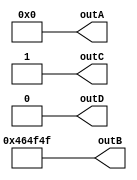
module Example(outA, outB, outC, outD);
    parameter OUTPUT = "FOO";
    output wire [23:0] outA;
    output wire [23:0] outB;
    output reg outC, outD;
    function automatic [23:0] flip;
        input [23:0] inp;
        flip = ~inp;
    endfunction

    generate
        if (flip(OUTPUT) == flip("BAR"))
            assign outA = OUTPUT;
        else
            assign outA = 0;

        case (flip(OUTPUT))
            flip("FOO"): assign outB = OUTPUT;
            flip("BAR"): assign outB = 0;
            flip("BAZ"): assign outB = "HI";
        endcase

        genvar i;
        initial outC = 0;
        for (i = 0; i != flip(flip(OUTPUT[15:8])); i = i + 1)
            if (i + 1 == flip(flip("O")))
                initial #1 outC = 1;
    endgenerate

    integer j;
    initial begin
        outD = 1;
        for (j = 0; j != flip(flip(OUTPUT[15:8])); j = j + 1)
            if (j + 1 == flip(flip("O")))
                outD = 0;
    end
endmodule